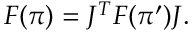
\begin{array} { r } { F ( { \boldsymbol \pi } ) = J ^ { T } F ( { \boldsymbol \pi } ^ { \prime } ) J . } \end{array}